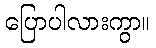
ပြောပါလားကွာ။